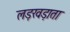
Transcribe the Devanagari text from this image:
लड़खड़ाता